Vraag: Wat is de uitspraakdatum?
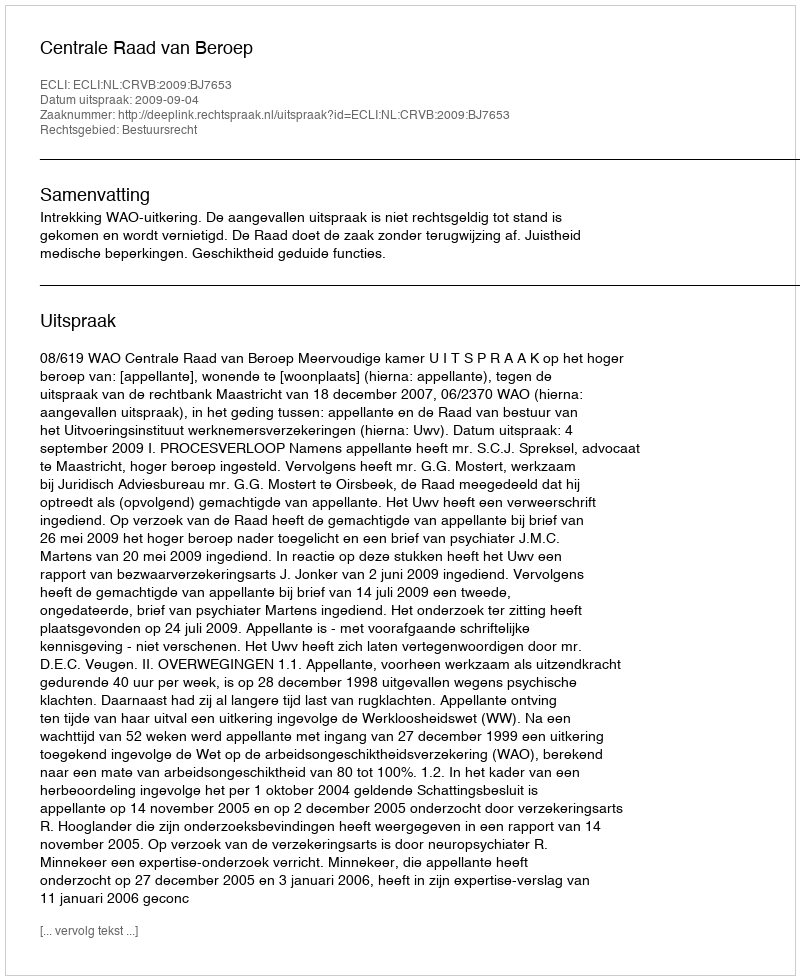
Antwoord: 2009-09-04